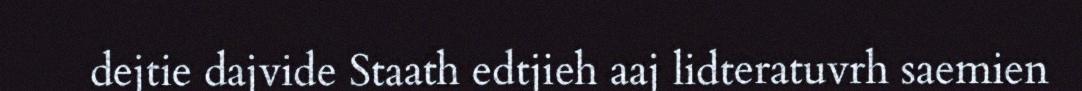
dejtie dajvide Staath edtjieh aaj lidteratuvrh saemien